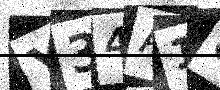
Text: Y34A1C